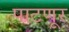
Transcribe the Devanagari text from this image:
पाटणूर